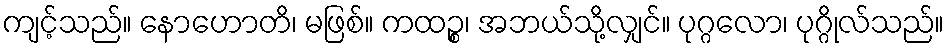
ကျင့်သည်။ နောဟောတိ၊ မဖြစ်။ ကထဉ္စ၊ အဘယ်သို့လျှင်။ ပုဂ္ဂလော၊ ပုဂ္ဂိုလ်သည်။